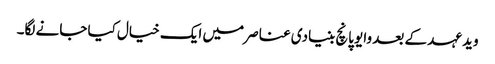
وید عہد کے بعد وایو پانچ بنیادی عناصر میں ایک خیال کیا جانے لگا۔